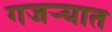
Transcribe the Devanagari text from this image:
गजर्‍यात